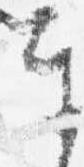
奉